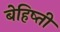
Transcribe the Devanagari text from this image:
बेहिष्ती